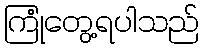
ကြုံတွေ့ရပါသည်